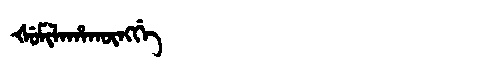
Manchu: ᡧᡠᠮᡳᠯᠠᡥᠠᡴᡡᠩᡤᡝ
Romanization: ŠUMILAHAKŪNGGE